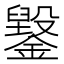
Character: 䥣